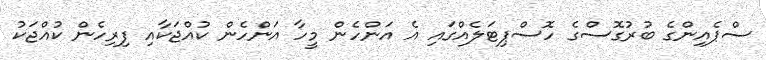
ސްޕެއިންގެ ބުރުގޮސްގެ ހޮސްޕިޓަލެއްގައި އެ އަންހެން މީހާ އަންހެން ކުއްޖަކާއި ފިރިހެން ކުއްޖަކު